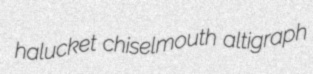
halucket chiselmouth altigraph